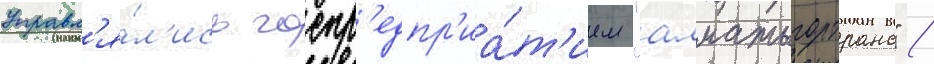
управл'я́л'ись госпр'едпр'иа́т'ием "алматыгортранс" /